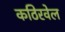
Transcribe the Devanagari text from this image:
कठिरवेल